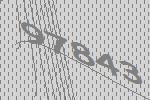
97843